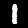
Label: 1